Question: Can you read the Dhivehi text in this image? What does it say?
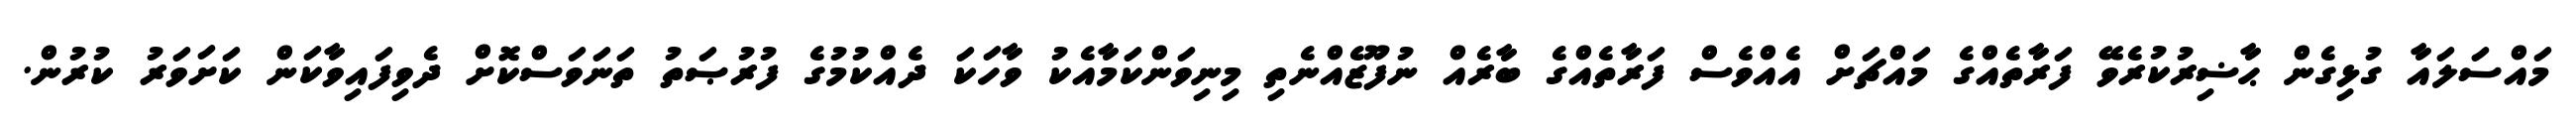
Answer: މައްސަލައާ ގުޅިގެން ޙާޟިރުކުރެވޭ ފަރާތެއްގެ މައްޗަށް އެއްވެސް ފަރާތެއްގެ ބާރެއް ނުފޫޒެއްނެތި މިނިވަންކަމާއެކު ވާހަކަ ދެއްކުމުގެ ފުރުޞަތު ތަނަވަސްކޮށް ދެވިފައިވާކަން ކަށަވަރު ކުރުން.